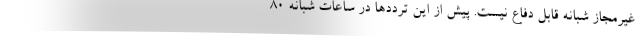
غیرمجاز شبانه قابل دفاع نیست. پیش از این ترددها در ساعات شبانه ۸۰